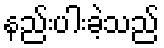
နည်းပါးခဲ့သည်